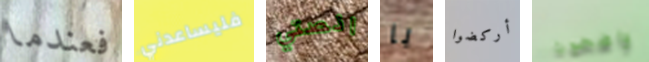
فعندما فليساعدني انصتي يا أركضوا واضحون